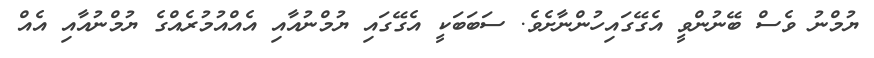
ޔުމްނު ވެސް ބޭނުންވީ އެގޭގައިހުންނާށެެވެ. ސަބަބަކީ އެގޭގައި ޔުމްނުއާއި އެއްއުމުރެއްގެ ޔުމްނުއާއި އެއް